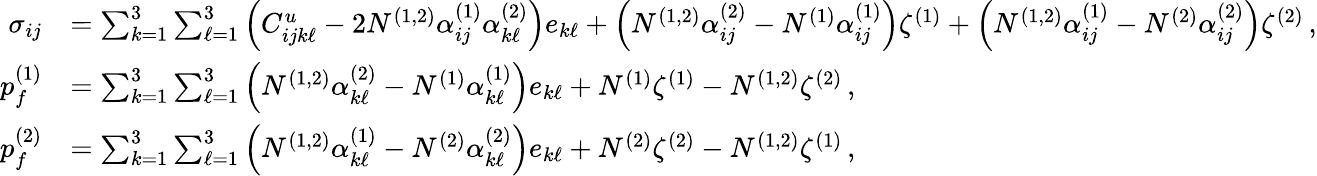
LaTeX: \begin{array}{rl}{\sigma_{ij}}&{=\sum_{k=1}^{3}\sum_{\ell=1}^{3}\left(C_{ijk\ell}^{u}-2N^{(1,2)}\alpha_{ij}^{(1)}\alpha_{k\ell}^{(2)}\right)e_{k\ell}+\left(N^{(1,2)}\alpha_{ij}^{(2)}-N^{(1)}\alpha_{ij}^{(1)}\right)\zeta^{(1)}+\left(N^{(1,2)}\alpha_{ij}^{(1)}-N^{(2)}\alpha_{ij}^{(2)}\right)\zeta^{(2)}\, ,}\\ {p_{f}^{(1)}}&{=\sum_{k=1}^{3}\sum_{\ell=1}^{3}\left(N^{(1,2)}\alpha_{k\ell}^{(2)}-N^{(1)}\alpha_{k\ell}^{(1)}\right)e_{k\ell}+N^{(1)}\zeta^{(1)}-N^{(1,2)}\zeta^{(2)}\, ,}\\ {p_{f}^{(2)}}&{=\sum_{k=1}^{3}\sum_{\ell=1}^{3}\left(N^{(1,2)}\alpha_{k\ell}^{(1)}-N^{(2)}\alpha_{k\ell}^{(2)}\right)e_{k\ell}+N^{(2)}\zeta^{(2)}-N^{(1,2)}\zeta^{(1)}\, ,}\end{array}